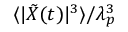
\langle | \tilde { X } ( t ) | ^ { 3 } \rangle / \lambda _ { p } ^ { 3 }